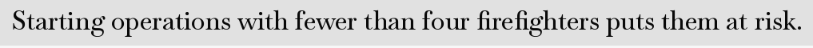
Starting operations with fewer than four firefighters puts them at risk.